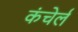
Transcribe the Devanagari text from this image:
कंचेर्ल